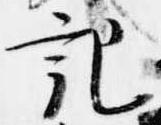
記